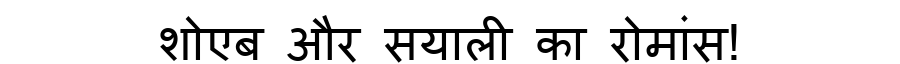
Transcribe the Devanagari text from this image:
शोएब और सयाली का रोमांस!